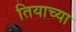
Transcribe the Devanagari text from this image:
तियाच्या